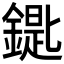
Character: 𨫞